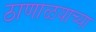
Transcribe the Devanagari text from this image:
ठाणाळयाच्या